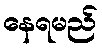
နေရမည်